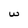
Character: w